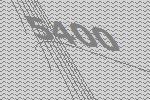
5400